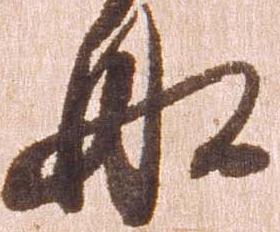
船